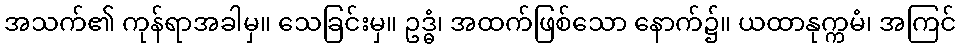
အသက်၏ ကုန်ရာအခါမှ။ သေခြင်းမှ။ ဥဒ္ဓံ၊ အထက်ဖြစ်သော နောက်၌။ ယထာနုက္ကမံ၊ အကြင်